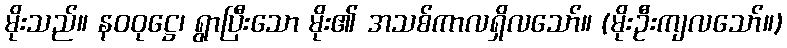
မိုးသည်။ နဝဝုဋ္ဌေ၊ ရွာပြီးသော မိုး၏ အသစ်ကာလရှိလသော်။ (မိုးဦးကျလသော်။)